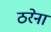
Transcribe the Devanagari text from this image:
ठरेना